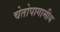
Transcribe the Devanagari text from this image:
चेतोपागामीय